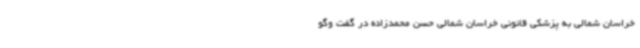
خراسان شمالی به پزشکی قانونی خراسان شمالی حسن محمدزاده در گفت وگو